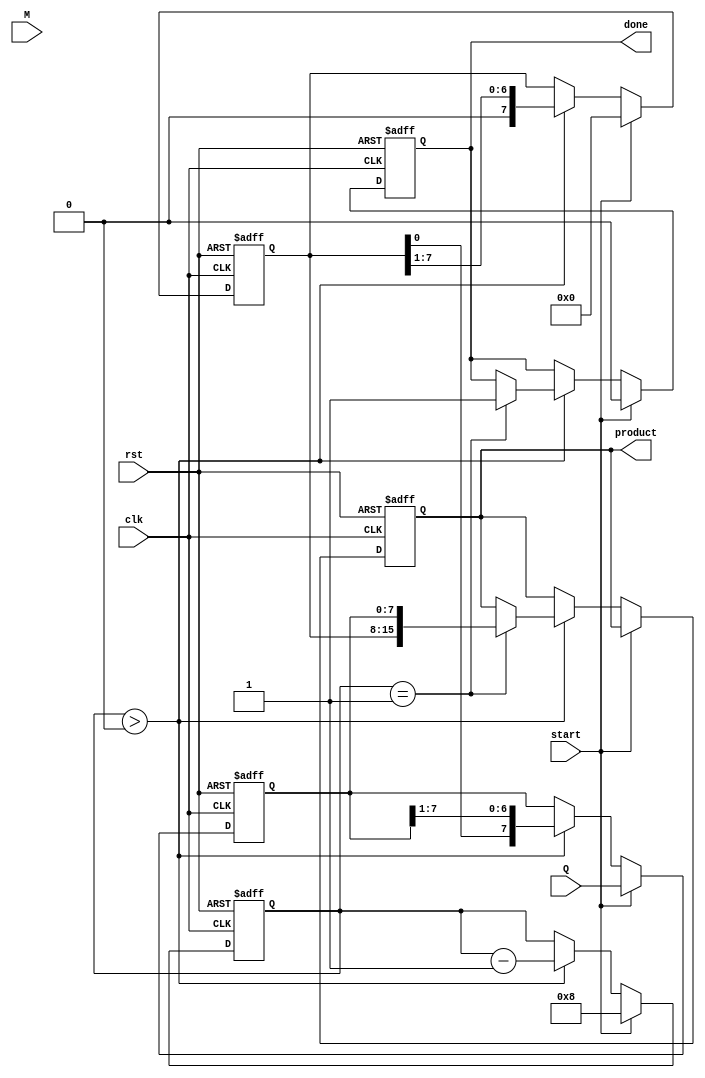
module booth_multiplier #(parameter WIDTH = 8) (
    input wire clk,
    input wire rst,
    input wire [WIDTH-1:0] M,  // Multiplicand
    input wire [WIDTH-1:0] Q,  // Multiplier
    input wire start,
    output reg [2*WIDTH-1:0] product,  // Final product
    output reg done
);

    reg [WIDTH-1:0] A;        // Accumulator
    reg [WIDTH-1:0] Q_reg;    // Multiplier register
    reg Q_1;                  // Previous Q bit
    reg [3:0] count;          // Count of iterations

    // State machine control
    always @(posedge clk or posedge rst) begin
        if (rst) begin
            A <= 0;
            Q_reg <= 0;
            Q_1 <= 0;
            product <= 0;
            count <= 0;
            done <= 0;
        end else if (start) begin
            // Initialize registers
            A <= 0;
            Q_reg <= Q;
            Q_1 <= 0;
            count <= WIDTH; // Number of bits to process
            done <= 0;
        end else if (count > 0) begin
            // Booth's algorithm operations
            case ({Q_reg[0], Q_1})
                2'b01: A <= A + M;           // A = A + M
                2'b10: A <= A - M;           // A = A - M
                2'b00: ;                      // Do nothing
                2'b11: ;                      // Do nothing
            endcase

            // Arithmetic right shift
            {A, Q_reg} <= {A, Q_reg} >> 1; // Shift A and Q_reg together
            Q_1 <= Q_reg[0];                // Update Q-1
            count <= count - 1;            // Decrement count

            if (count == 1) begin
                product <= {A, Q_reg};      // Concatenate A and Q_reg for final product
                done <= 1;                  // Set done flag
            end
        end
    end

endmodule